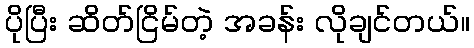
ပိုပြီး ဆိတ်ငြိမ်တဲ့ အခန်း လိုချင်တယ်။